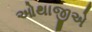
ઓથાજીએ